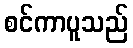
စင်ကာပူသည်